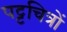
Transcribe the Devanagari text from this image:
पट्टचित्रों